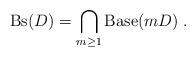
LaTeX: \begin{align*}{\rm Bs}(D)=\bigcap_{m \geq 1} {\rm Base}(mD) \;.\end{align*}